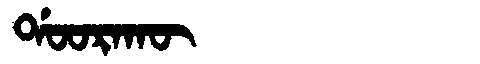
Manchu: ᡩᠣᠣᡵᠠᡴᡡ
Romanization: DOORAKŪ